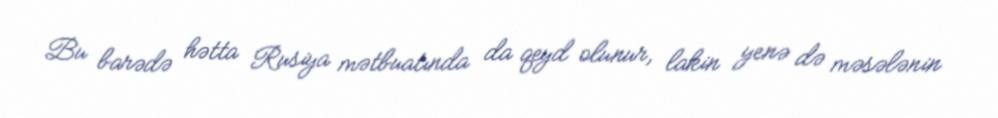
Bu barədə hətta Rusiya mətbuatında da qeyd olunur, lakin yenə də məsələnin